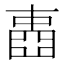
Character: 𡈋